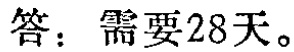
答：需要28天。